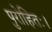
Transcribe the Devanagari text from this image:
पुरोहितः।